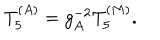
LaTeX: T _ { 5 } ^ { ( A ) } = g _ { A } ^ { - 2 } T _ { 5 } ^ { ( M ) } .